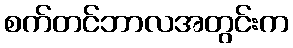
စက်တင်ဘာလအတွင်းက